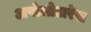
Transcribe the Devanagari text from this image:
अपोलोडारेस